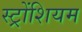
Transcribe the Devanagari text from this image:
स्ट्रोंशियम